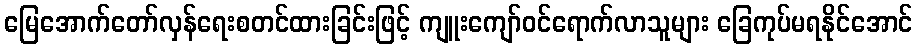
မြေအောက်တော်လှန်ရေးစတင်ထားခြင်းဖြင့် ကျူးကျော်ဝင်ရောက်လာသူများ ခြေကုပ်မရနိုင်အောင်